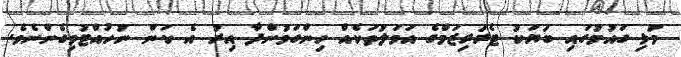
މުޅި ގައުމުގައި ބަޔަކު ޓެރަރިޒަމްގެ އަމަލުތަކެއް ހިންގަމުންދާ އިރު އެ ކަން ނުހުއްޓުވިގެންނެވެ.